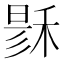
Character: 𥟟